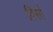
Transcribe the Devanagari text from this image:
विर्सा